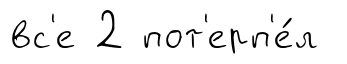
вс'е 2 пот'ерп'е́л